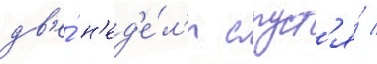
дв'е́ н'ед'е́л'и спуст'я́ /